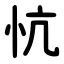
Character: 忼